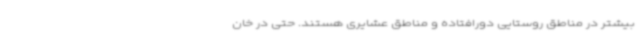
بیشتر در مناطق روستایی دورافتاده و مناطق عشایری هستند. حتی در خان